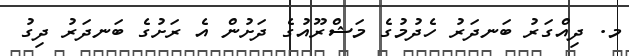
މ. ދިއްގަރު ބަނދަރު ހެދުމުގެ މަޝްރޫއުގެ ދަށުން އެ ރަށުގެ ބަނދަރު ދިގު